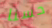
حسنا